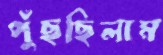
পুঁছছিলাম